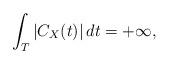
LaTeX: \begin{align*}\int_T |C_X(t)|\, dt=+\infty,\end{align*}